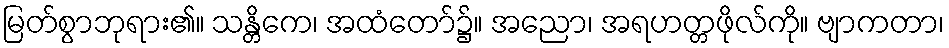
မြတ်စွာဘုရား၏။ သန္တိကေ၊ အထံတော်၌။ အညော၊ အရဟတ္တဖိုလ်ကို။ ဗျာကတာ၊